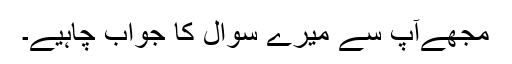
مجھےآپ سے میرے سوال کا جواب چاہیے۔